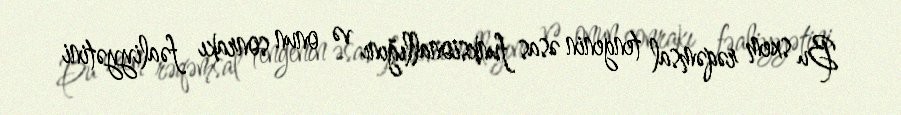
Bu sxem rəqəmsal tengenin əsas funksionallığını və onun sonrakı fəaliyyətini